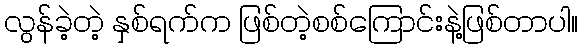
လွန်ခဲ့တဲ့ နှစ်ရက်က ဖြစ်တဲ့စစ်ကြောင်းနဲ့ဖြစ်တာပါ။